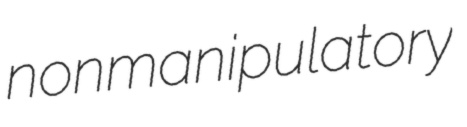
nonmanipulatory